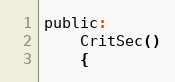
Language: C
public:
    CritSec()
    {